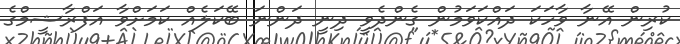
ކުރިން އޭނާ ވާހަކަ ދައްކަވަމުން ގެންދެވީ ދިނީ ދަންނަ ބޭކަލެއް ކަމަށްވާ އަފްރާޝީމްގެ